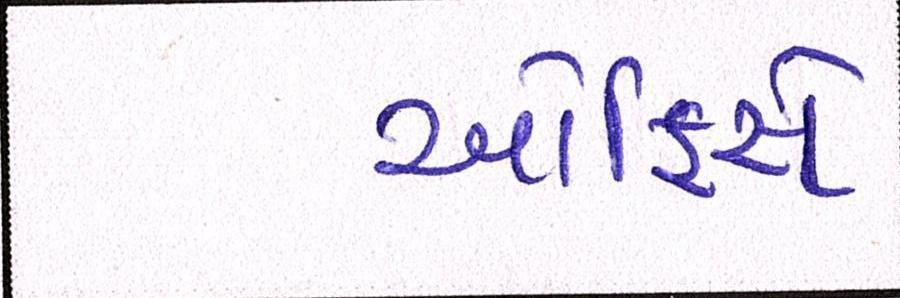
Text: ઓફિસે